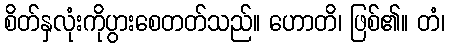
စိတ်နှလုံးကိုပွားစေတတ်သည်။ ဟောတိ၊ ဖြစ်၏။ တံ၊